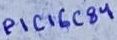
Text: PIC16C84